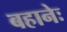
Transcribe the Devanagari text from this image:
बहानेः